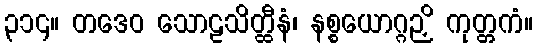
၃၁၄။ တဒေဝ သောဠသိတ္ထီနံ၊ နစ္စယောဂ္ဂဉှိ ကုတ္တကံ။